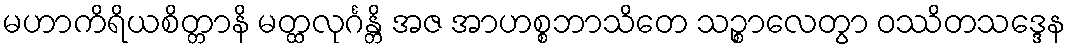
မဟာကိရိယစိတ္တာနိ မတ္ထလုင်္ဂန္တိ အဇ အာဟစ္စဘာသိတေ သဉ္စာလေတွာ ဝဿိတသဒ္ဒေန